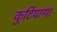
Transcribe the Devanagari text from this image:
कुटियाणा